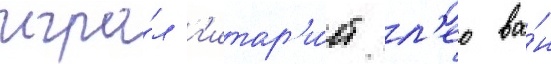
игра́л г'итар'и́ст л'ео ва́н